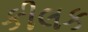
કીલક